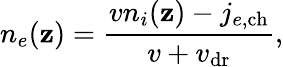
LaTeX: n_{e}(\mathbf{z})=\frac{{vn_{i}(\mathbf{z})-j_{e,\mathrm{{ch}}}}}{{v+v_{\mathrm{{dr}}}}},